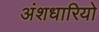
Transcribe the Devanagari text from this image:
अंशधारियो